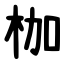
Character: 枷